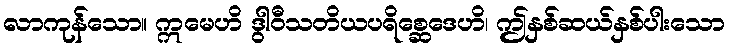
လာကုန်သော။ ဣမေဟိ ဒွါဝီသတိယပရိစ္ဆေဒေဟိ၊ ဤနှစ်ဆယ်နှစ်ပါးသော